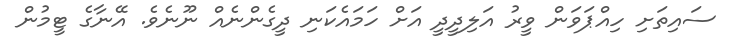
ސައިތަށި ހިއްޕަވަން ވީރު އަލިދީދީ އަށް ހަމައެކަނި ދީގެންނެއް ނޫނެވެ. އޭނާގެ ޓީމުން